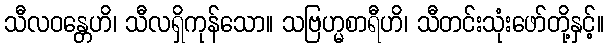
သီလဝန္တေဟိ၊ သီလရှိကုန်သော။ သဗြဟ္မစာရီဟိ၊ သီတင်းသုံးဖော်တို့နှင့်။